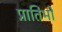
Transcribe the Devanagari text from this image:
प्रातिभो